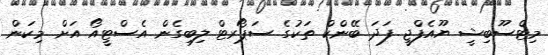
މިޓްސޫބިޝީ ޔޫއެފްޖީ ފަދަ ބޭންކް ތަކުގެ ސަޕޯރޓް ލިބިގެން އެސްޓީއޯ އަށް މިކަން